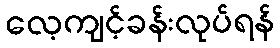
လေ့ကျင့်ခန်းလုပ်ရန်